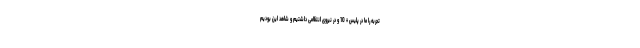
تجربه را ما در پلیس + 10 و در نیروی انتظامی داشتیم و شاهد این بودیم